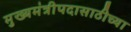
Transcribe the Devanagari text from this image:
मुख्यमंत्रीपदासाठीच्या